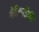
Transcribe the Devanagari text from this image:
गैरीगाउँकी